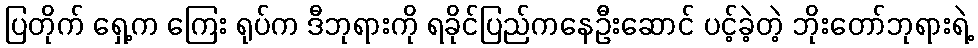
ပြတိုက် ရှေ့က ကြေး ရုပ်က ဒီဘုရားကို ရခိုင်ပြည်ကနေဦးဆောင် ပင့်ခဲ့တဲ့ ဘိုးတော်ဘုရားရဲ့